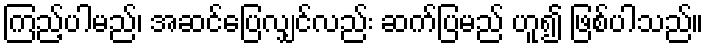
ကြည့်ပါမည်၊ အဆင်ပြေလျှင်လည်း ဆက်ပြမည် ဟူ၍ ဖြစ်ပါသည်။